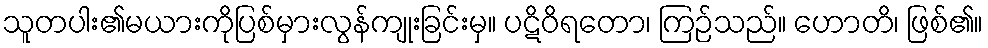
သူတပါး၏မယားကိုပြစ်မှားလွန်ကျုးခြင်းမှ။ ပဋိဝိရတော၊ ကြဉ်သည်။ ဟောတိ၊ ဖြစ်၏။